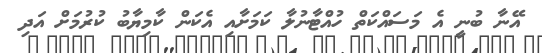
އޭނާ ބުނީ އެ މަސައްކަތް ހުއްޓާނުލާ ކަމަށާއި އެކަން ކާމިޔާބު ކުރުމަށް އަދި